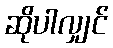
ဆိုပါလျှင်